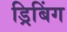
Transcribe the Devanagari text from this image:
ड्रिबिंग